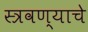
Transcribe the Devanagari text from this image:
स्त्रवण्याचे